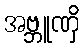
အဗ္ဘူဏှိ